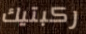
ركبتيك